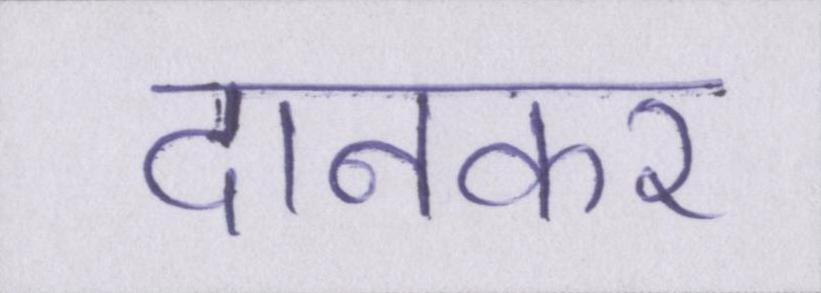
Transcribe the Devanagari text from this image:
दानकर